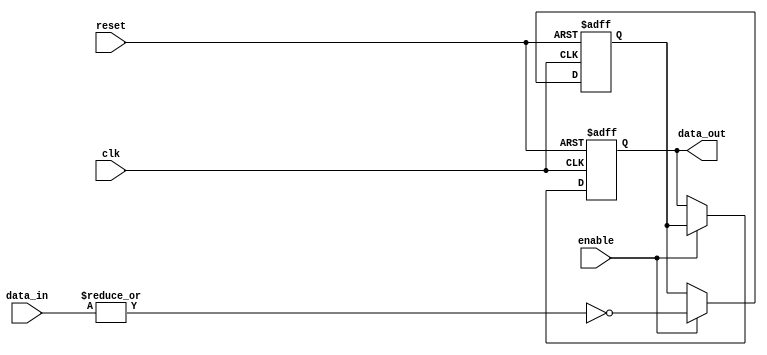
module nor_gate_delay(
    input wire clk,
    input wire reset,
    input wire enable,
    input wire [7:0] data_in,
    output reg [7:0] data_out
);

reg [7:0] delayed_data;

always @ (posedge clk or posedge reset) begin
    if (reset) begin
        delayed_data <= 8'b00000000;
    end else if (enable) begin
        delayed_data <= ~(|data_in);
    end
end

always @ (posedge clk or posedge reset) begin
    if (reset) begin
        data_out <= 8'b00000000;
    end else if (enable) begin
        data_out <= delayed_data;
    end
end

endmodule